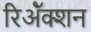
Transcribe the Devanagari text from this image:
रिॲेक्शन